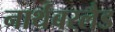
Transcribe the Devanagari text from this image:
नार्थंबरलैड